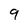
Character: 9